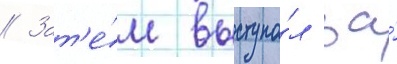
// Зат'е́м выступа́л за́